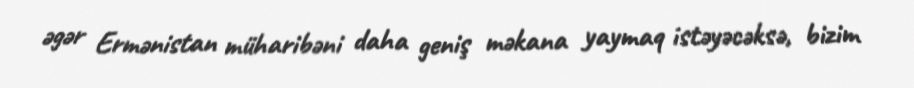
əgər Ermənistan müharibəni daha geniş məkana yaymaq istəyəcəksə, bizim